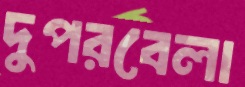
দুপরবেলা